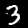
Label: 3